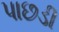
પાછડી